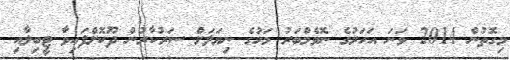
މިގޮތުން 2014 ވަނަ އަހަރުގެ ނޮވެމްބަރު މަހުގެ ނިޔަލަށް ސަރުކާރުން ދޫކޮށްފައިވާ ޓީބިލާއި